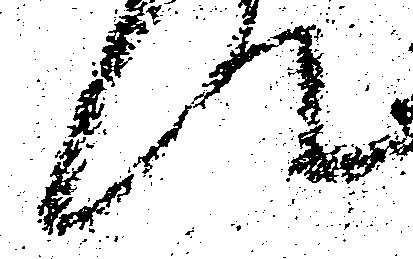
て